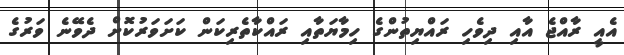
އެއީ ރާއްޖެ އާއި ދިވެހި ރައްޔިތުންގެ ހިމާޔަތާއި ރައްކާތެރިކަން ކަށަވަރުކޮށް ދެވޭނެ ވަރުގެ